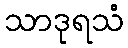
သာဒုရသံ